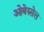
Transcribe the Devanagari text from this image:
ओबेरुसेल